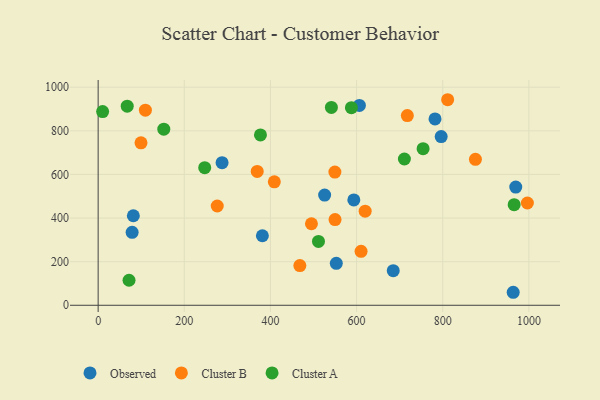
{"axis": {"x": "Distance", "y": "Demand"}, "legend": ["Cluster A", "Cluster B", "Observed"], "data": [{"x": "593.6", "y": 483.0, "type": "Observed"}, {"x": "685.1", "y": 158.5, "type": "Observed"}, {"x": "552.9", "y": 192.2, "type": "Observed"}, {"x": "963.6", "y": 59.6, "type": "Observed"}, {"x": "81.7", "y": 410.6, "type": "Observed"}, {"x": "606.5", "y": 916.6, "type": "Observed"}, {"x": "525.8", "y": 505.3, "type": "Observed"}, {"x": "381.3", "y": 318.8, "type": "Observed"}, {"x": "969.5", "y": 541.9, "type": "Observed"}, {"x": "796.4", "y": 773.6, "type": "Observed"}, {"x": "782.1", "y": 854.6, "type": "Observed"}, {"x": "287.7", "y": 653.7, "type": "Observed"}, {"x": "78.9", "y": 334.6, "type": "Observed"}, {"x": "811.4", "y": 942.6, "type": "Cluster B"}, {"x": "99.5", "y": 745.1, "type": "Cluster B"}, {"x": "549.6", "y": 610.6, "type": "Cluster B"}, {"x": "276.5", "y": 455.3, "type": "Cluster B"}, {"x": "875.9", "y": 669.2, "type": "Cluster B"}, {"x": "610.4", "y": 247.6, "type": "Cluster B"}, {"x": "619.9", "y": 431.7, "type": "Cluster B"}, {"x": "109.7", "y": 894.5, "type": "Cluster B"}, {"x": "550.0", "y": 393.1, "type": "Cluster B"}, {"x": "495.2", "y": 373.9, "type": "Cluster B"}, {"x": "468.3", "y": 181.9, "type": "Cluster B"}, {"x": "996.5", "y": 469.0, "type": "Cluster B"}, {"x": "717.8", "y": 870.1, "type": "Cluster B"}, {"x": "409.0", "y": 566.2, "type": "Cluster B"}, {"x": "369.3", "y": 613.7, "type": "Cluster B"}, {"x": "152.4", "y": 807.6, "type": "Cluster A"}, {"x": "376.8", "y": 781.1, "type": "Cluster A"}, {"x": "541.5", "y": 907.5, "type": "Cluster A"}, {"x": "247.4", "y": 630.9, "type": "Cluster A"}, {"x": "965.8", "y": 461.4, "type": "Cluster A"}, {"x": "67.5", "y": 913.0, "type": "Cluster A"}, {"x": "588.0", "y": 906.1, "type": "Cluster A"}, {"x": "711.0", "y": 670.7, "type": "Cluster A"}, {"x": "71.7", "y": 114.8, "type": "Cluster A"}, {"x": "754.4", "y": 717.9, "type": "Cluster A"}, {"x": "511.5", "y": 292.6, "type": "Cluster A"}, {"x": "10.4", "y": 888.4, "type": "Cluster A"}]}